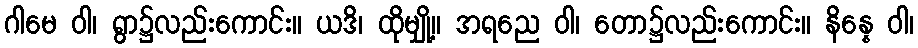
ဂါမေ ဝါ၊ ရွာ၌လည်းကောင်း။ ယဒိ၊ ထိုမျှို့။ အရညေ ဝါ၊ တော၌လည်းကောင်း။ နိန္နေ ဝါ၊